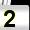
Digit: 2